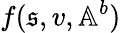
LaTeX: f(\mathfrak{s},v,\mathbb{A}^{b})